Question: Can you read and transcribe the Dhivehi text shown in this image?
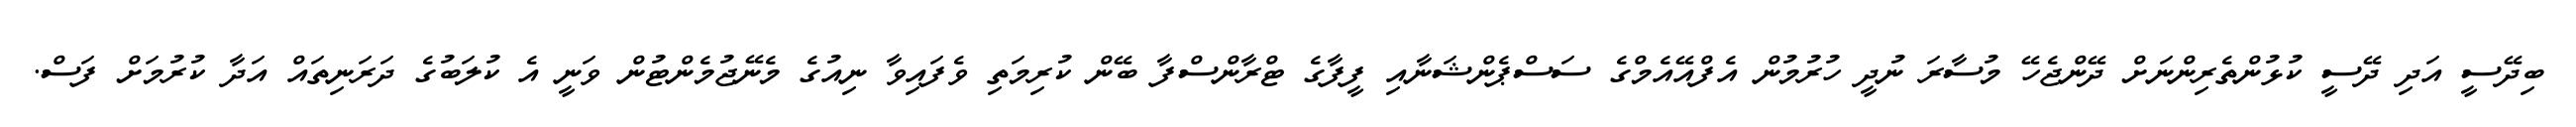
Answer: ބިދޭސީ އަދި ދޭސީ ކުޅުންތެރިންނަށް ދޭންޖެހޭ މުސާރަ ނުދީ ހުރުމުން އެފްއޭއެމްގެ ސަސްޕެންޝަނާއި ފީފާގެ ޓްރާންސްފާ ބޭން ކުރިމަތި ވެފައިވާ ނިއުގެ މެނޭޖުމެންޓުން ވަނީ އެ ކުލަބުގެ ދަރަނިތައް އަދާ ކުރުމަށް ފަސް.